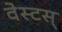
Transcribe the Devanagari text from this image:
वेस्टस्‌